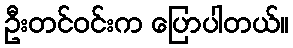
ဦးတင်ဝင်းက ပြောပါတယ်။